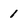
Character: 1